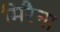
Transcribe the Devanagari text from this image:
मिरैना